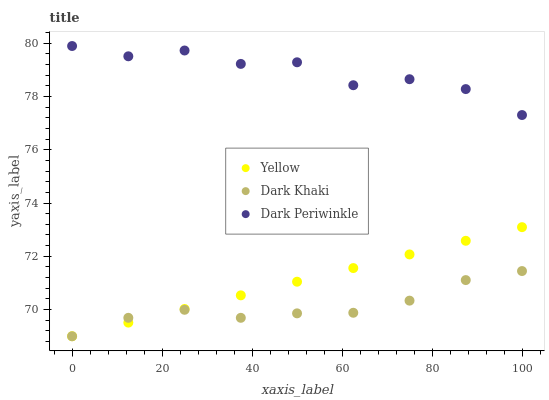
| xaxis_label | Yellow | Dark Khaki | Dark Periwinkle |
 | --- | --- | --- | --- |
 | 0 | 69 | 69 | 79.9 |
 | 12.5 | 69.5 | 69.7 | 79.5 |
 | 25 | 70 | 70 | 79.7 |
 | 37.5 | 70.5 | 69.7 | 79.2 |
 | 50 | 71 | 69.9 | 79.3 |
 | 62.5 | 71.6 | 69.9 | 78.4 |
 | 75 | 72.1 | 70.3 | 78.6 |
 | 87.5 | 72.6 | 71.1 | 78.3 |
 | 100 | 73.1 | 71.4 | 77.3 |